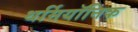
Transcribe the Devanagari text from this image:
थर्मियॉनिक